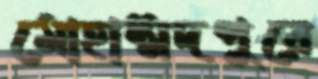
মোহাম্মদপুরে